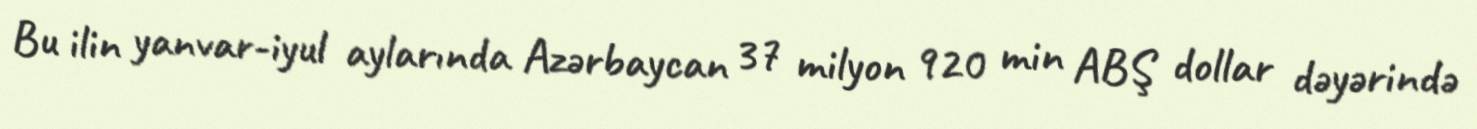
Bu ilin yanvar-iyul aylarında Azərbaycan 37 milyon 920 min ABŞ dollar dəyərində